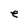
Character: e